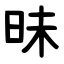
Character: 昧